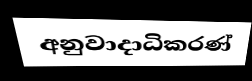
අනුවාදාධිකරණ්